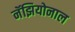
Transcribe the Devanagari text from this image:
नॅझियोनाल